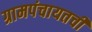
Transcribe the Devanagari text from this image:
ग्रामपंचायतची